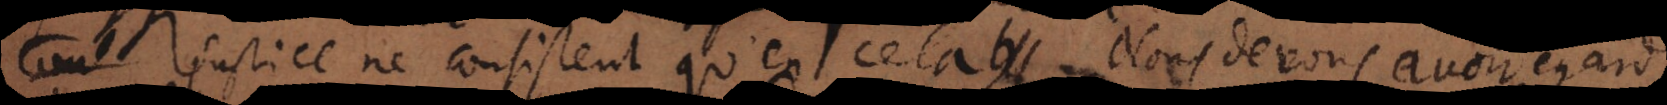
justice ne consistent qu’en cela. Nous devons avoir égard